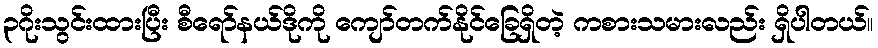
၃ဂိုးသွင်းထားပြီး စီရော်နယ်ဒိုကို ကျော်တက်နိုင်ခြေရှိတဲ့ ကစားသမားလည်း ရှိပါတယ်။